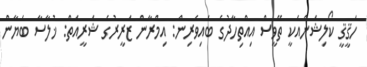
ހަޤީޤީ ކޯލިޝަންއަކީ ތޭވީސް އިއްތިހާދުގެ ބައިވެރިން: އިމްރާން ޒަރީރުގެ ޝަރީއަތް: ޚުލާސާ ބަޔާން